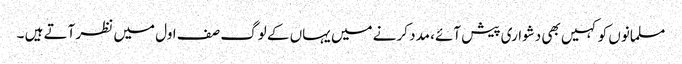
مسلمانوں کو کہیں بھی دشواری پیش آئے، مدد کرنے میں یہاں کے لوگ صف اول میں نظر آتے ہیں ۔